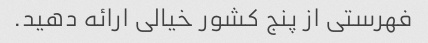
فهرستی از پنج کشور خیالی ارائه دهید.